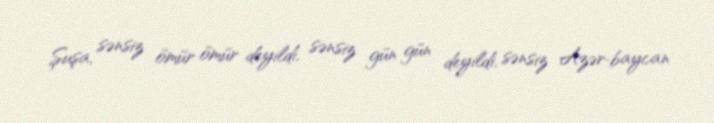
Şuşa, sənsiz ömür ömür deyildi, sənsiz gün gün deyildi, sənsiz Azər­baycan